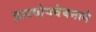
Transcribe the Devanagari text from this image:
प्रारयोपवेषनाने